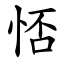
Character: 㤳